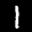
Label: 1